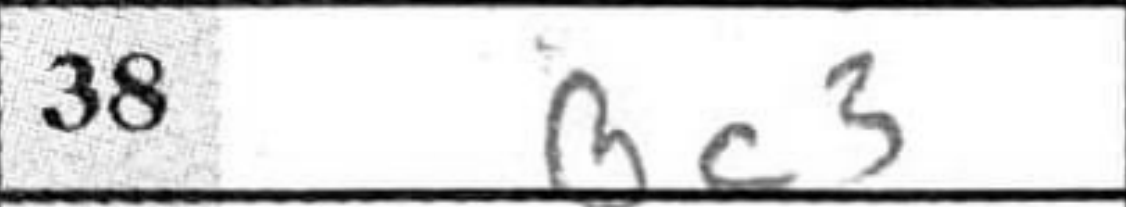
Transcription: Bc3